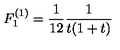
F _ { 1 } ^ { ( 1 ) } = { \frac { 1 } { 1 2 } } { \frac { 1 } { t ( 1 + t ) } }